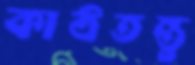
কাঠতন্তু